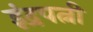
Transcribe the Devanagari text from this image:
इंद्रपत्नी